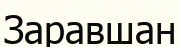
Заравшан